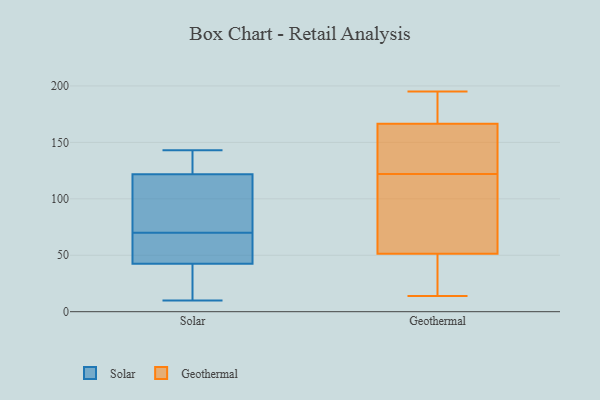
{"axis": {"x": "Inventory Turnover", "y": "Value"}, "legend": ["Geothermal", "Solar"], "data": [{"x": "", "y": 129, "type": "Solar"}, {"x": "", "y": 26, "type": "Solar"}, {"x": "", "y": 143, "type": "Solar"}, {"x": "", "y": 83, "type": "Solar"}, {"x": "", "y": 42, "type": "Solar"}, {"x": "", "y": 81, "type": "Solar"}, {"x": "", "y": 44, "type": "Solar"}, {"x": "", "y": 63, "type": "Solar"}, {"x": "", "y": 13, "type": "Solar"}, {"x": "", "y": 63, "type": "Solar"}, {"x": "", "y": 141, "type": "Solar"}, {"x": "", "y": 143, "type": "Solar"}, {"x": "", "y": 10, "type": "Solar"}, {"x": "", "y": 100, "type": "Solar"}, {"x": "", "y": 70, "type": "Solar"}, {"x": "", "y": 147, "type": "Geothermal"}, {"x": "", "y": 55, "type": "Geothermal"}, {"x": "", "y": 50, "type": "Geothermal"}, {"x": "", "y": 31, "type": "Geothermal"}, {"x": "", "y": 193, "type": "Geothermal"}, {"x": "", "y": 122, "type": "Geothermal"}, {"x": "", "y": 169, "type": "Geothermal"}, {"x": "", "y": 195, "type": "Geothermal"}, {"x": "", "y": 59, "type": "Geothermal"}, {"x": "", "y": 186, "type": "Geothermal"}, {"x": "", "y": 42, "type": "Geothermal"}, {"x": "", "y": 106, "type": "Geothermal"}, {"x": "", "y": 122, "type": "Geothermal"}, {"x": "", "y": 21, "type": "Geothermal"}, {"x": "", "y": 97, "type": "Geothermal"}, {"x": "", "y": 195, "type": "Geothermal"}, {"x": "", "y": 159, "type": "Geothermal"}, {"x": "", "y": 154, "type": "Geothermal"}, {"x": "", "y": 14, "type": "Geothermal"}]}